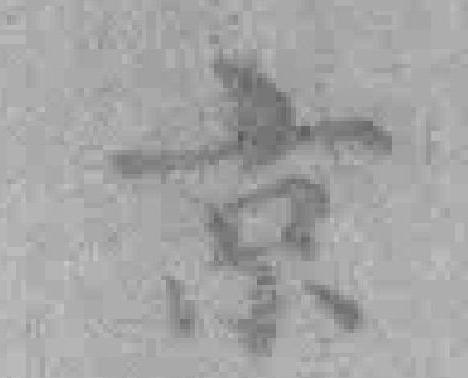
京